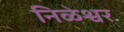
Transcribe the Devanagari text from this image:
निळेश्वर